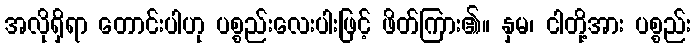
အလိုရှိရာ တောင်းပါဟု ပစ္စည်းလေးပါးဖြင့် ဖိတ်ကြား၏။ နှမ၊ ငါတို့အား ပစ္စည်း